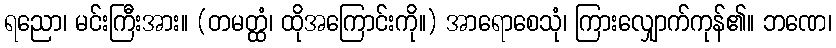
ရညော၊ မင်းကြီးအား။ (တမတ္ထံ၊ ထိုအကြောင်းကို။) အာရောစေသုံ၊ ကြားလျှောက်ကုန်၏။ ဘဏေ၊